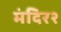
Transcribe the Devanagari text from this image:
मंदिर२